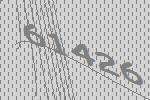
61426